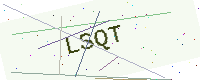
Text: LSQT